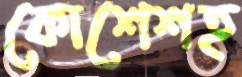
কোশেশহ